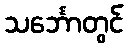
သင်္ဘောတွင်